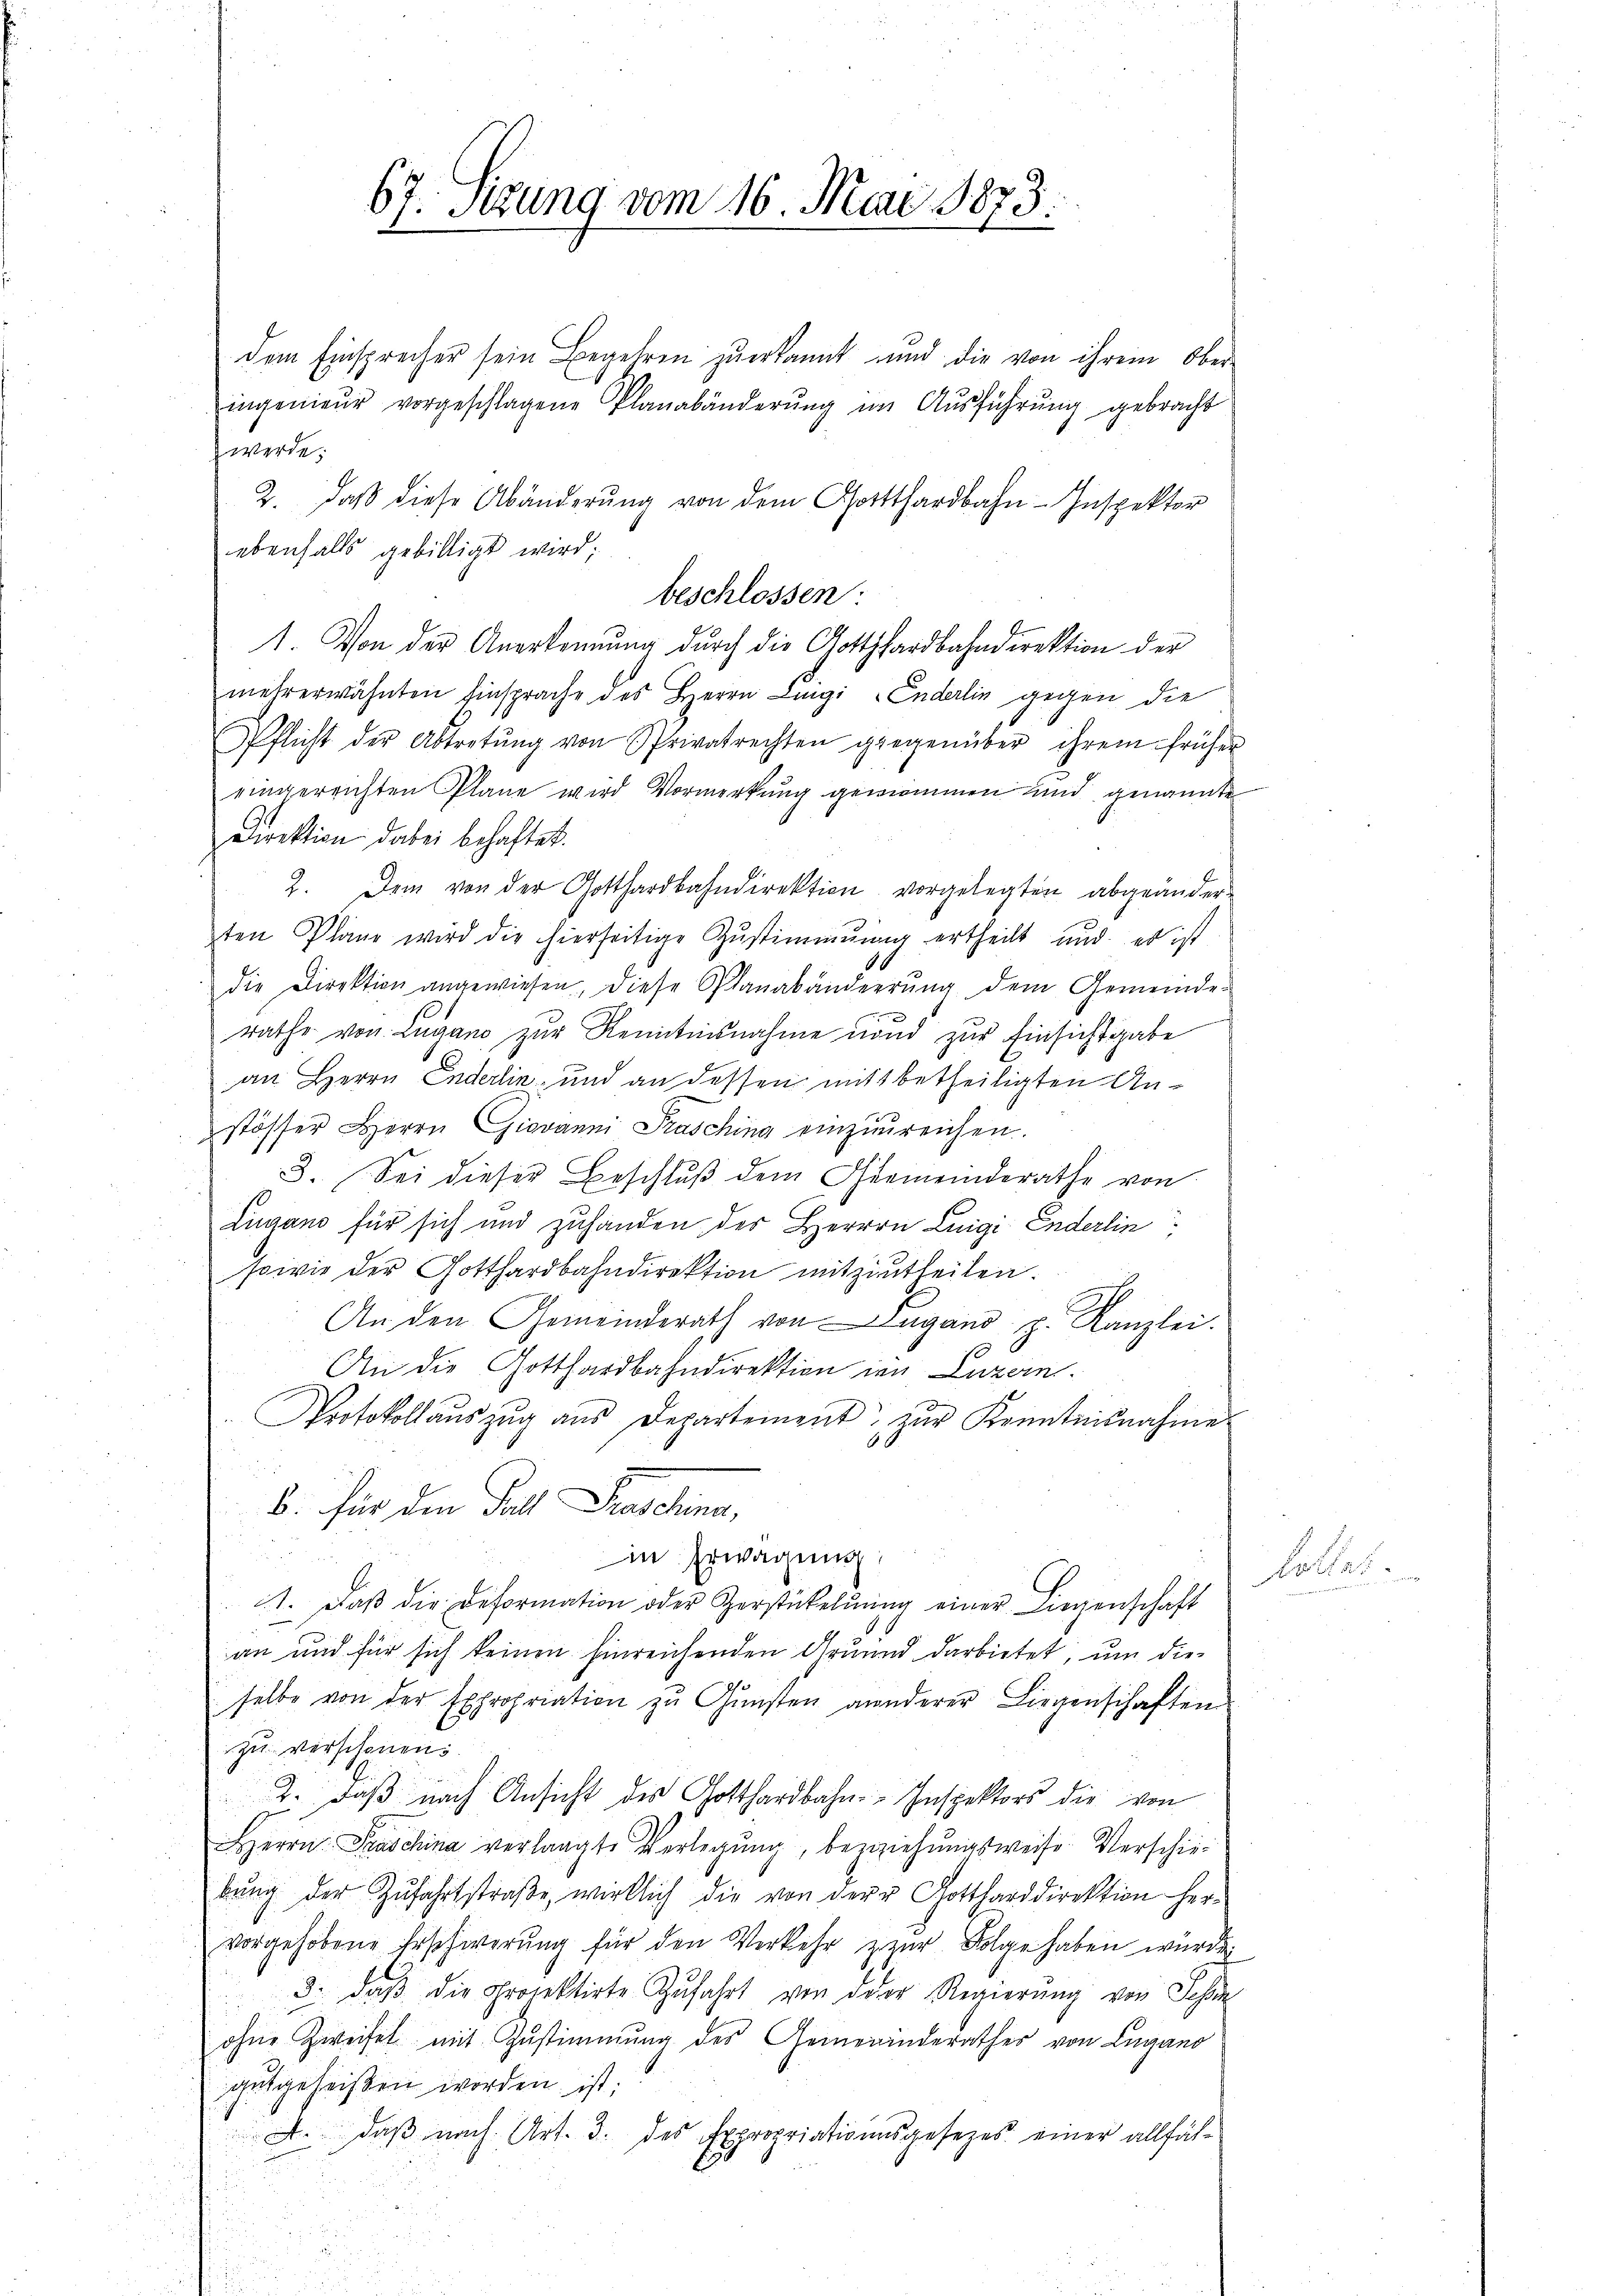
67. Sitzung vom 16. Mai 1873.

dem Einsprecher sein Begehren zuerkannt und die von ihrem Ober-
ingenieur vorgeschlagene Planabänderung im Ausführung gebracht
werde.
2. daβ diese Abänderŭng von dem Gotthardbahn-Inspektor
ebenfalls gebilligt wird;
beschlossen:
1. Von der Anerkennung durch die Gotthardbahndirektion der
mehrerwähnten Einsprache des Herrn Lingi Enderlin gegen die
Pflicht der Abtretŭng von Privatrechten gegenüber ihrem früher
eingereichten Pläne wird Vormerkung genommen und genannte
Direktion dabei behaftet.
2. Dem von der Gotthardbahndirektion vorgelegten abgeänder-
ten Plane wird die hierseitige Zŭstimmung ertheilt und es ist
6
die Direktion angewiesen, diese Planabänderrŭng dem Gemeinde-
rathe von Lugano zŭr Kenntnisnahme nond zŭr Einsichtgabe
an Herrn Enderlin und an dessen mitt betheiligten Anstösser Herrn Giovanni Prasching einzŭreichen.
3. Sei dieser Beschlŭβ dem Gemeinderathe von
Lugano für sich und zuhanden der Herrrn Luigi Enderlin
sowie der Gotthardbahndirektion mitzutheilen.
An den Gemeinderath von Lugano p. Kanzlei.
An die Gotthardbahndirektion in Luzern.
Protokollaŭszŭg aŭs Departement zŭr Kenntnisnahme
b. für den Fall Plastung,
¬
in Erwägung
1. daβ die Deformation oder Zerstückelung einer Liegenschaft
an und für sich keinen Einreichenden Grund darbietet, um die-
selbe von der Expropriation zŭ Gŭnsten anderer Liegenschaften
zu verschonen
2. daβ nach Ansicht des Gotthardbahn-Inspektors die von
Herrn Praschina verlangte Verlegŭng, beziehŭngsweise-Verschie-
bŭng der Zŭfahrtstraβe, wirklich die von der Gottharddirektion her-
vorgehobene Erschwerung für den Verkehr zur Folge haben würde
3. daß die Prorektirte Zufahrt von der Regierung von Schön
ohne Zweifel mit Zustimmung des Gemeinderathes von Lugano
gutgeheißen worden ist;
A. daß nach Art. 3. des Expropriationsgesezes einer allfäle

i

kollet.